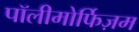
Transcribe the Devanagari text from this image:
पॉलीमोर्फिज़म